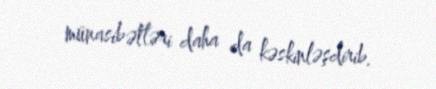
münasibətləri daha da kəskinləşdirib.